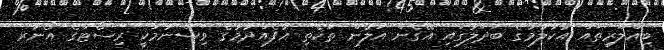
ބިއްލޫރިތައް އުކާލުމުގެ ބަދަލުގައި އޭގެން އަލުން ތަކެތި އުފެއްދުމުގެ ވިސްނުމަކީ ރިސޯޓްގެ އޯނާރ